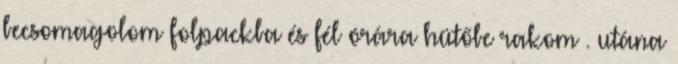
becsomagolom folpackba és fél órára hütőbe rakom . utána